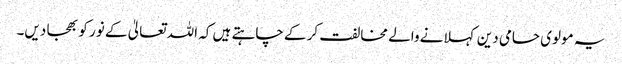
یہ مولوی حامی دین کہلانے والے مخالفت کر کے چاہتے ہیں کہ اللہ تعالیٰ کے نور کو بھجا دیں۔